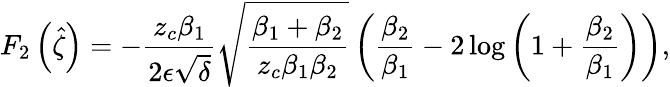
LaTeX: F_{2}\left(\hat{\zeta}\right)=-\frac{z_{c}\beta_{1}}{2\epsilon\sqrt{\delta}}\sqrt{\frac{\beta_{1}+\beta_{2}}{z_{c}\beta_{1}\beta_{2}}}\left(\frac{\beta_{2}}{\beta_{1}}-2\log{\left(1+\frac{\beta_{2}}{\beta_{1}}\right)}\right),